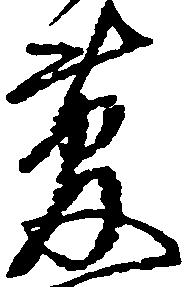
簡